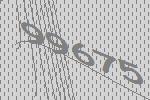
99675